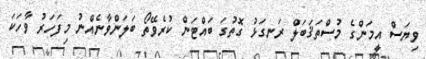
ވިޔަސް އީމަންގެ މުސްތަޤަބަލް ރަނގަޅު ގޮތުގަ ބައްޓަން ކުރެވޭތޯ ބަލަންވާނެއްނު މިފަހަރު ވާހަކަ